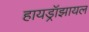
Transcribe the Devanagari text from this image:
हायड्रॉझायल